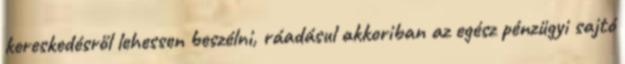
kereskedésről lehessen beszélni, ráadásul akkoriban az egész pénzügyi sajtó